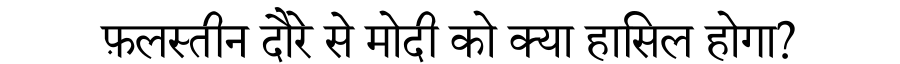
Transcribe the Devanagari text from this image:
फ़लस्तीन दौरे से मोदी को क्या हासिल होगा?